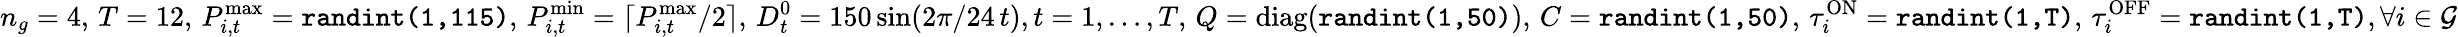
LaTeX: n_{g}=4,\, T=12,\, P_{i,t}^{\operatorname*{max}}=\texttt{randint(1,115)},\, P_{i,t}^{\operatorname*{min}}=\lceil P_{i,t}^{\operatorname*{max}}/2\rceil,\, D_{t}^{0}=150\sin(2\pi/24\, t),t=1,\ldots,T,\, Q=\mathrm{diag}(\texttt{randint(1,50)}),\, C=\texttt{randint(1,50)},\, \tau_{i}^{\mathrm{ON}}=\texttt{randint(1,T)},\, \tau_{i}^{\mathrm{OFF}}=\texttt{randint(1,T)},\forall i\in\mathcal{G}